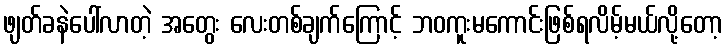
ဖျတ်ခနဲပေါ်လာတဲ့ အတွေး လေးတစ်ချက်ကြောင့် ဘဝကူးမကောင်းဖြစ်ရလိမ့်မယ်လို့တော့